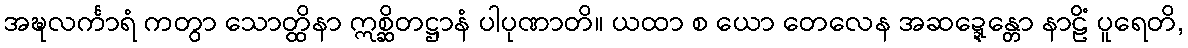
အဍ္ဎလင်္ကာရံ ကတွာ သောတ္ထိနာ ဣစ္ဆိတဋ္ဌာနံ ပါပုဏာတိ။ ယထာ စ ယော တေလေန အဆဍ္ဍေန္တော နာဠိံ ပူရေတိ,